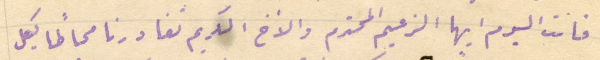
فانت اليوم ايها الزعيم المحترم والأخ الكريم تغادرنا محاطًا بكل